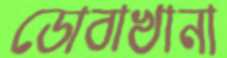
ডোবাখানা